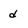
Character: d